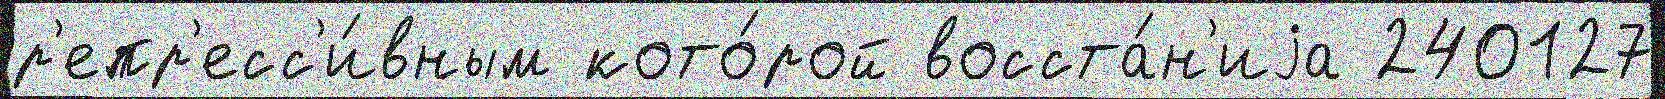
р'епр'есс'и́вным кото́рой восста́н'иjа 240127